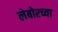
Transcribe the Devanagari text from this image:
लेबोरच्या